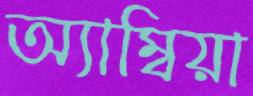
অ্যাম্বিয়া